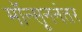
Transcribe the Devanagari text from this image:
मॉन्सूननंतर